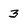
Character: 3